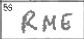
Transcription: RME